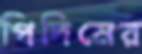
পিদিমের